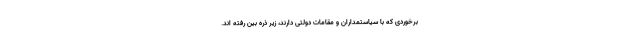
برخوردی که با سیاستمداران و مقامات دولتی دارند، زیر ذره بین رفته اند.